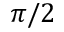
\pi / 2